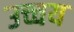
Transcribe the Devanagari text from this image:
उच्चय